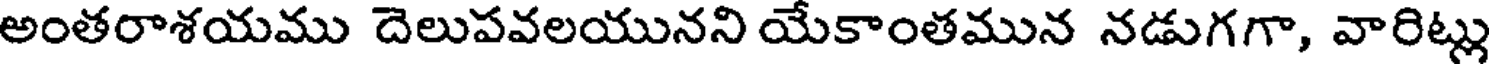
అంతరాశయము దెలుపవలయునని యేకాంతమున నడుగగా, వారిట్లు